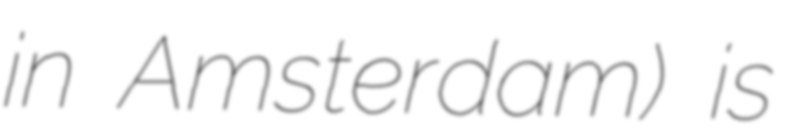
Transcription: in Amsterdam) is